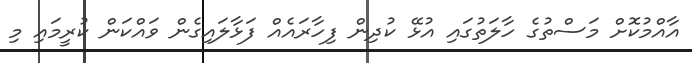
އާއްމުކޮށް މަސްތުގެ ހާލަތުގައި އުޅޭ ކުދިން ފިހާރައެއް ފަޅާލައިގެން ވައްކަން ކުރީމައި މި